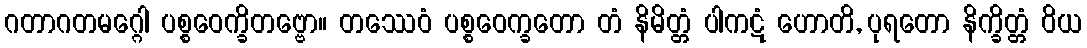
ဂတာဂတမဂ္ဂေါ ပစ္စဝေက္ခိတဗ္ဗော။ တဿေဝံ ပစ္စဝေက္ခတော တံ နိမိတ္တံ ပါကဋံ ဟောတိ, ပုရတော နိက္ခိတ္တံ ဝိယ